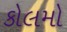
કોલમો